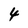
Character: 4